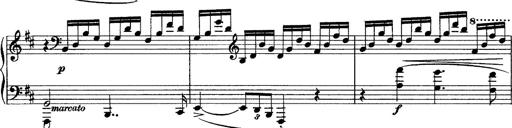
Title: Piano Sonata
Composer: Karl HÃ¤ssler
Key: C major